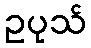
ဥပုသ်